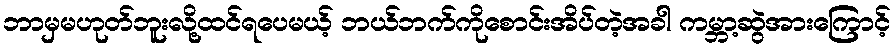
ဘာမှမဟုတ်ဘူးလို့ထင်ရပေမယ့် ဘယ်ဘက်ကိုစောင်းအိပ်တဲ့အခါ ကမ္ဘာ့ဆွဲအားကြောင့်